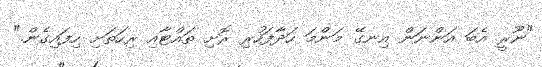
"ނޫރީ އެބަ އަންނަން އިނގޭ މަންމަ ހަދާފަހުރި ރޮށި ތައްޓާއި ރިހަތަށި ހިފައިގެން."